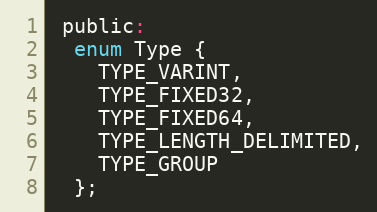
Language: C
 public:
  enum Type {
    TYPE_VARINT,
    TYPE_FIXED32,
    TYPE_FIXED64,
    TYPE_LENGTH_DELIMITED,
    TYPE_GROUP
  };